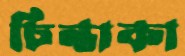
চিন্তাকা